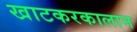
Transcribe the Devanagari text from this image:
खाटकरकालान